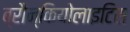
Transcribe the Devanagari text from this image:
ब्रौन्कियोलाइटिस